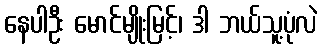
နေပါဦး မောင်မျိုးမြင့်၊ ဒါ ဘယ်သူ့ပုံလဲ